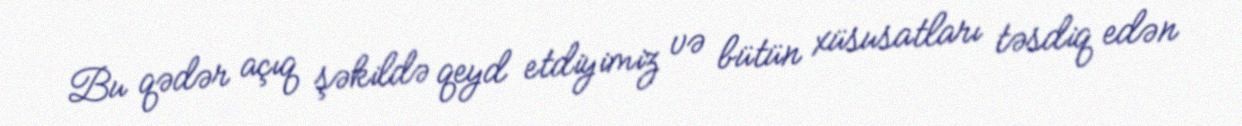
Bu qədər açıq şəkildə qeyd etdiyimiz və bütün xüsusatları təsdiq edən